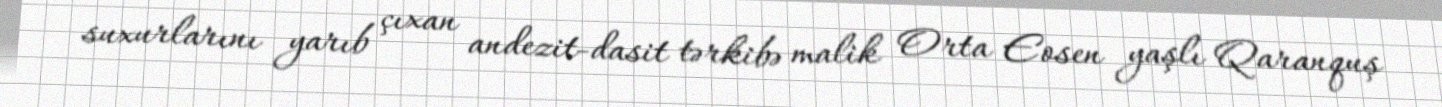
suxurlarını yarıb çıxan andezit-dasit tərkibə malik Orta Eosen yaşlı Qaranquş